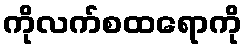
ကိုလက်စထရောကို